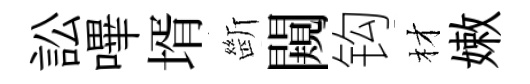
訟嗶壻㫁闚钩材嫩